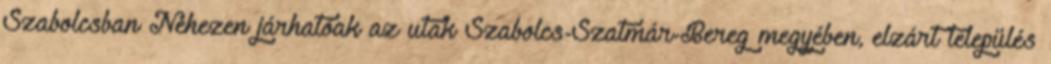
Szabolcsban Nehezen járhatóak az utak Szabolcs-Szatmár-Bereg megyében, elzárt település